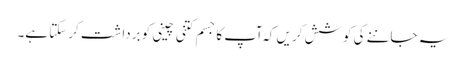
یہ جاننے کی کوشش کریں کہ ا ٓپ کا جسم کتنی چینی کو برداشت کرسکتا ہے۔